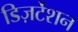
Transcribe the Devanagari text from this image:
डिज़र्टेशन